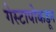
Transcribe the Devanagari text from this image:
गेस्टापोकडून